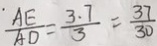
\frac { A E } { A D } = \frac { 3 . 7 } { 3 } = \frac { 3 7 } { 3 0 }